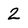
Character: 2